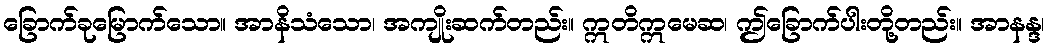
ခြောက်ခုမြောက်သော။ အာနိသံသော၊ အကျိုးဆက်တည်း။ ဣတိဣမေဆ၊ ဤခြောက်ပါးတို့တည်း။ အာနန္ဒ၊